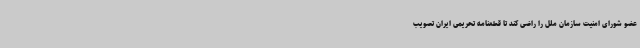
عضو شورای امنیت سازمان ملل را راضی کند تا قطعنامه تحریمی ایران تصویب